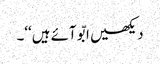
دیکھیں ابّو آئے ہیں‘‘۔